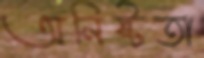
অনিষ্টতা